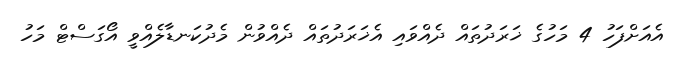
އެއަށްފަހު 4 މަހުގެ ޚަރަދުތައް ދެއްވައި އެޚަރަދުތައް ދެއްވުން މެދުކަނޑާލެއްވީ އޯގަސްޓް މަހު